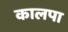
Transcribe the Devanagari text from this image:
कालपा